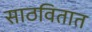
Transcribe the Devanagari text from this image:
साठवितात